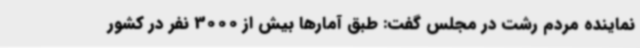
نماینده مردم رشت در مجلس گفت: طبق آمارها بیش از 3000 نفر در کشور